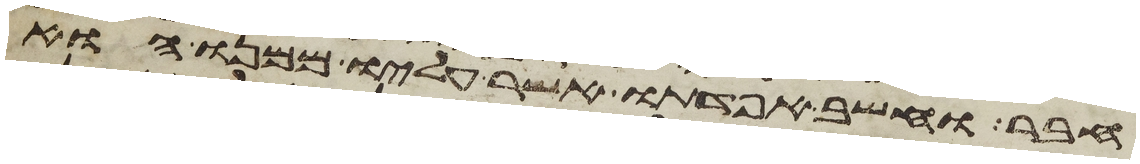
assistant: חבר וחשב אפדתו אשר עליו ממנו הוא